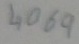
Text: 4069